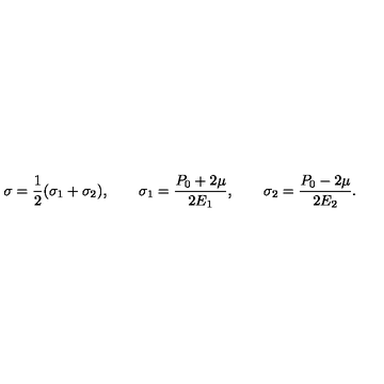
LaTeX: \sigma = { \frac { 1 } { 2 } } ( \sigma _ { 1 } + \sigma _ { 2 } ) , \qquad \sigma _ { 1 } = { \frac { P _ { 0 } + 2 \mu } { 2 E _ { 1 } } } , \qquad \sigma _ { 2 } = { \frac { P _ { 0 } - 2 \mu } { 2 E _ { 2 } } } .